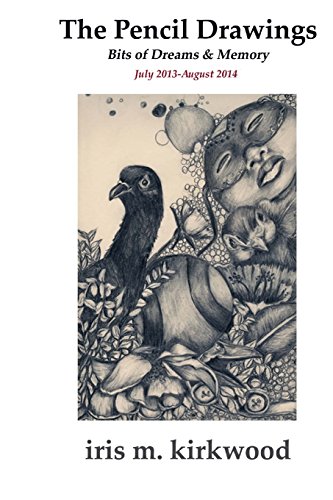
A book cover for The Pencil Drawings of Iris M. Kirkwood: JULY 2013-August 2014; Iris M. Kirkwood; Arts & Photography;